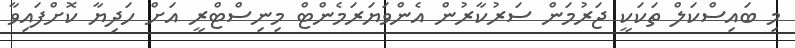
މި ބައިސްކަލް ތަކަކީ ޖަރުމަން ސަރުކާރުން އެންވަޔަރަމެންޓް މިނިސްޓްރީ އަށް ހަދިޔާ ކޮށްފައިވާ